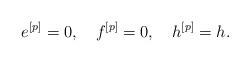
LaTeX: \begin{align*}e^{[p]}=0,\ \ \ f^{[p]}=0,\ \ \ h^{[p]}=h.\end{align*}